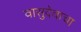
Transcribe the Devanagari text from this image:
वासुदेवाचा